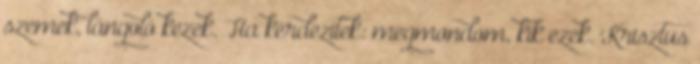
szemek, lángoló kezek. Ha kérdezitek: megmondom, kik ezek. Krisztus